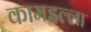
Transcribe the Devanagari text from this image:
कामइल्ला